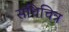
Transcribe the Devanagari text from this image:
संधिचित्र